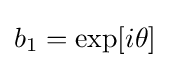
{\textstyle b_{1}=\exp[i\theta ]}